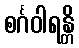
စင်္ဂဝါရန္တိ